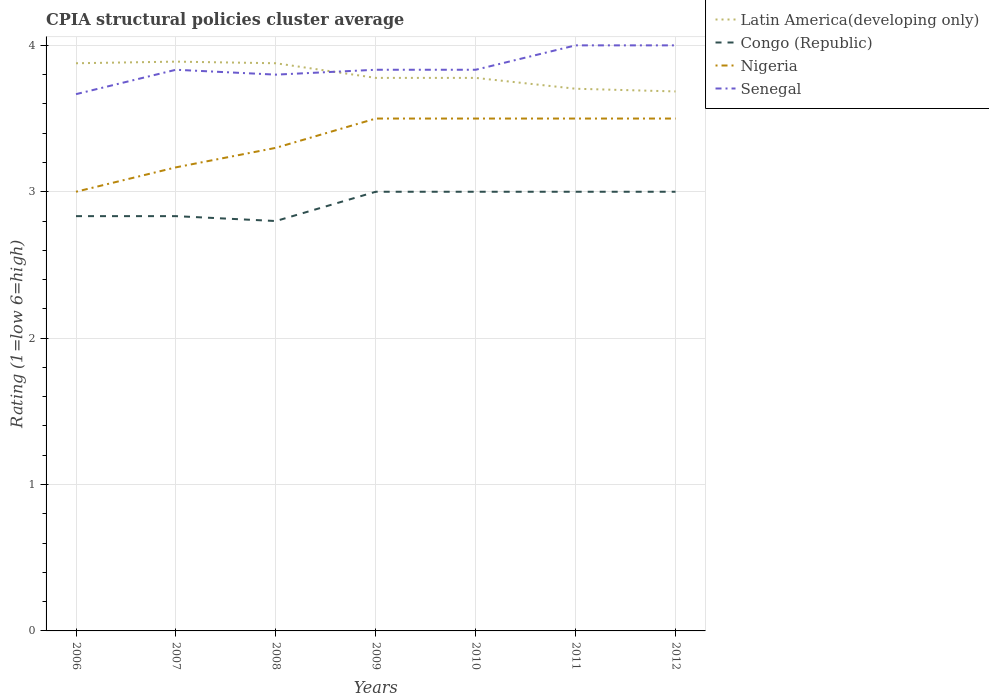
| Years | Latin America(developing only) | Congo (Republic) | Nigeria | Senegal |
 | --- | --- | --- | --- | --- |
 | 2006 | 3.88 | 2.83 | 3 | 3.67 |
 | 2007 | 3.89 | 2.83 | 3.17 | 3.83 |
 | 2008 | 3.88 | 2.8 | 3.3 | 3.8 |
 | 2009 | 3.78 | 3 | 3.5 | 3.83 |
 | 2010 | 3.78 | 3 | 3.5 | 3.83 |
 | 2011 | 3.7 | 3 | 3.5 | 4 |
 | 2012 | 3.69 | 3 | 3.5 | 4 |